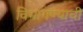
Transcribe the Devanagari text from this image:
विभागण्याची